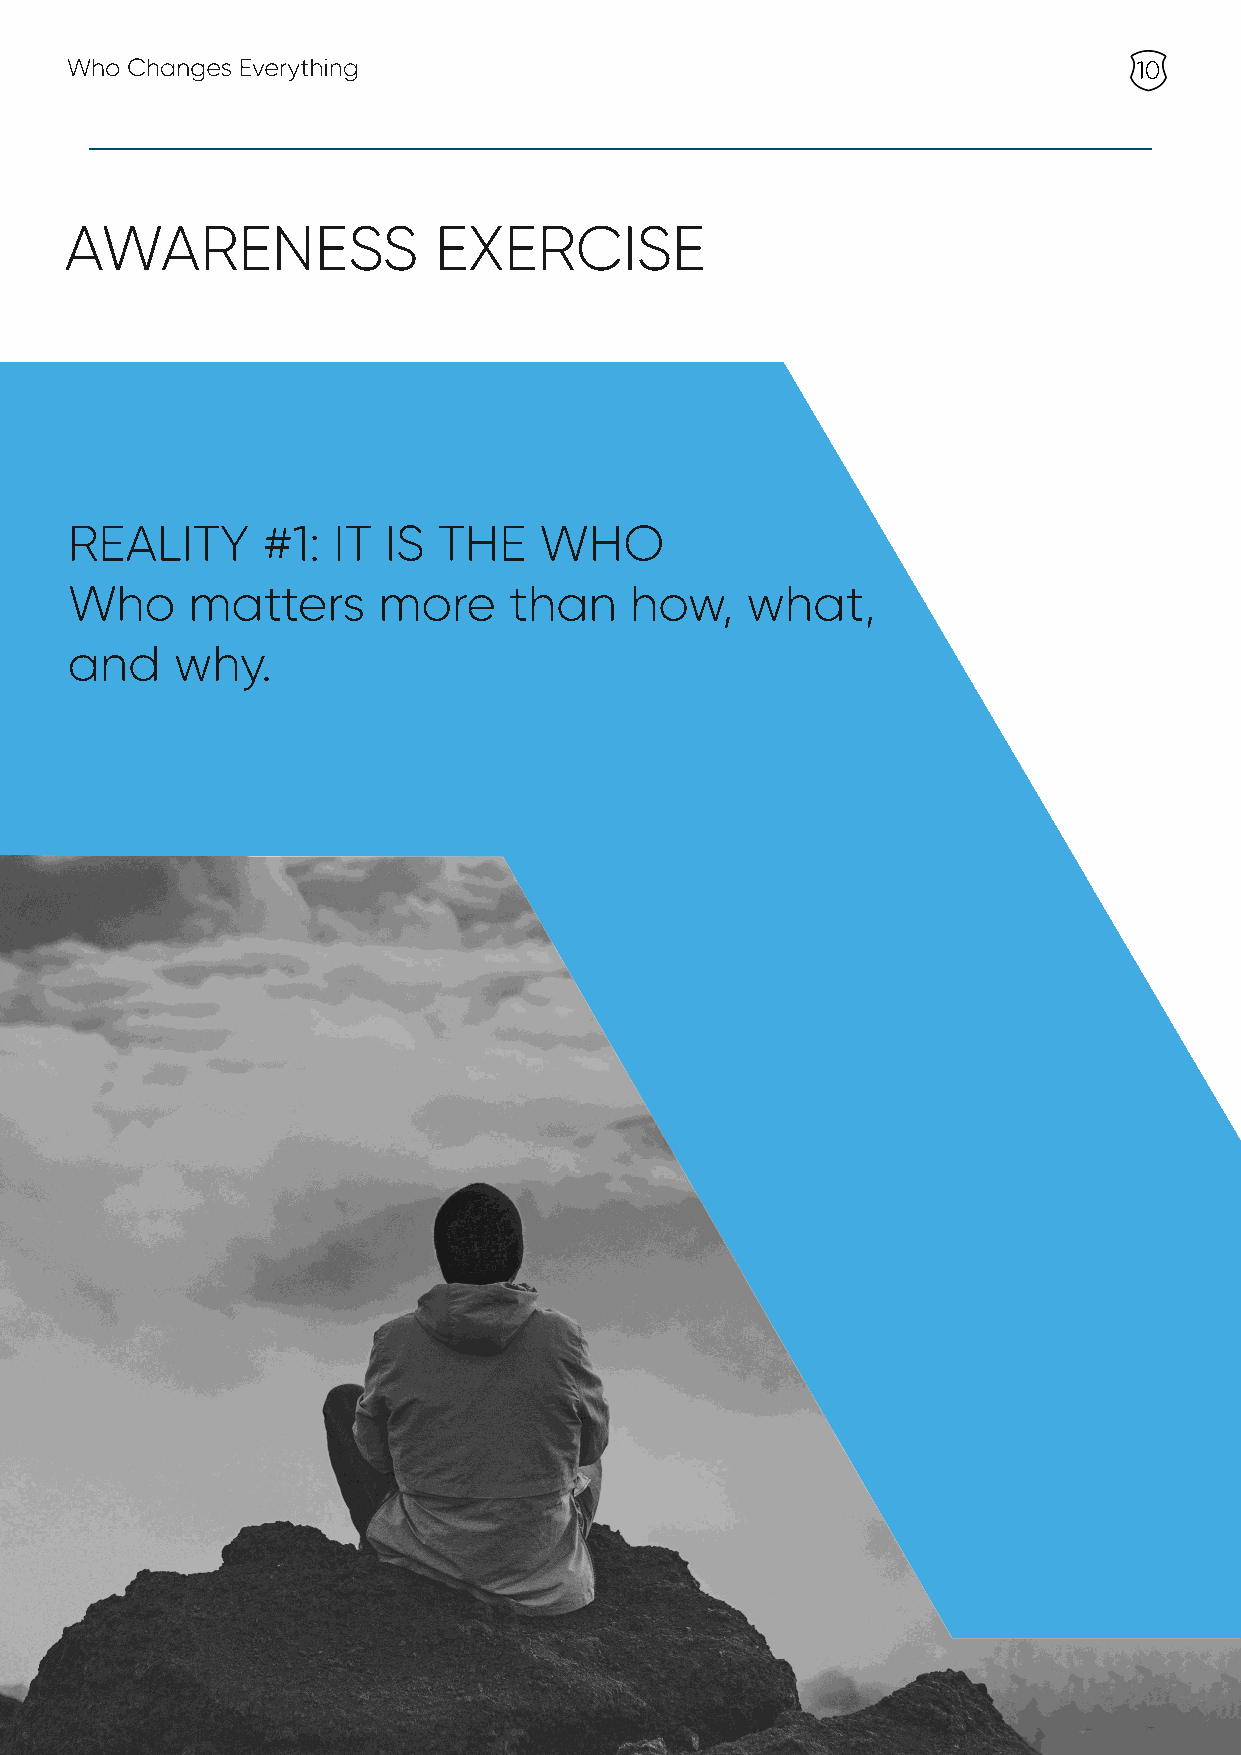
Who Changes Everything                                                 10
 AWARENESS                EXERCISE
 REALITY      #1:  IT IS  THE    WHO
 Who     matters      more     than    how,   what,
 and     why.